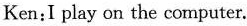
Ken:I play on the computer.